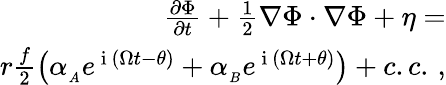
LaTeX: \begin{array}{r}{\frac{\partial\Phi}{\partial t}+\frac{1}{2}\nabla\Phi\cdot\nabla\Phi+\eta=}\\ {r\frac{f}{2}\left(\alpha_{_A}e^{\mathrm{~i~}\left(\Omega t-\theta\right)}+\alpha_{_B}e^{\mathrm{~i~}\left(\Omega t+\theta\right)}\right)+c.c.\, ,}\end{array}